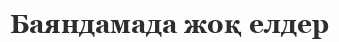
Баяндамада жоқ елдер